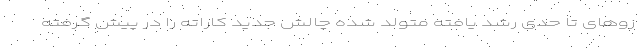
زو‌های تا حدی رشد یافته متولد شده چالش جدید کاراته را در پیش گرفته